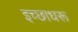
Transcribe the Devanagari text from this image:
इच्छाधरू